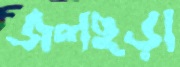
জলছড়া